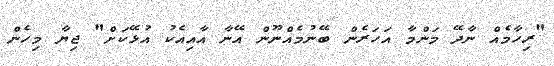
"ރިހާމެއް ނާދޭ މަންމާ އަހަރެން ބޭނުމެއްނޫން އޭނާ އާއިއެކު އުޅޭކަށް" ޖިޔާ މިހެން